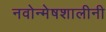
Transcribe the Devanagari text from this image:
नवोन्मेषशालीनी